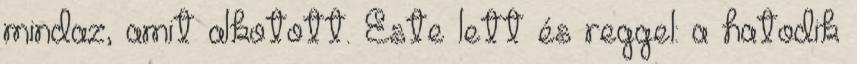
mindaz, amit alkotott. Este lett és reggel: a hatodik